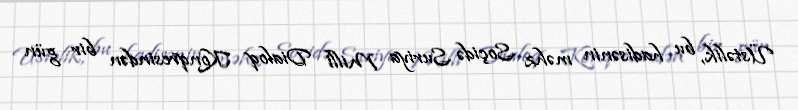
Üstəlik, bu hadisənin məhz Soçidə Suriya Milli Dialoq Konqresindən bir gün